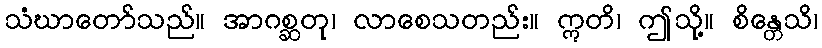
သံဃာတော်သည်။ အာဂစ္ဆတု၊ လာစေသတည်း။ ဣတိ၊ ဤသို့။ စိန္တေသိ၊